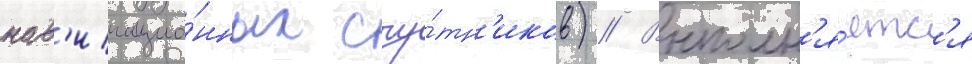
нав'игацио́нных спу́тн'иков) // Выполн'я́етс'я